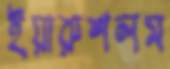
ইয়ারুশলম